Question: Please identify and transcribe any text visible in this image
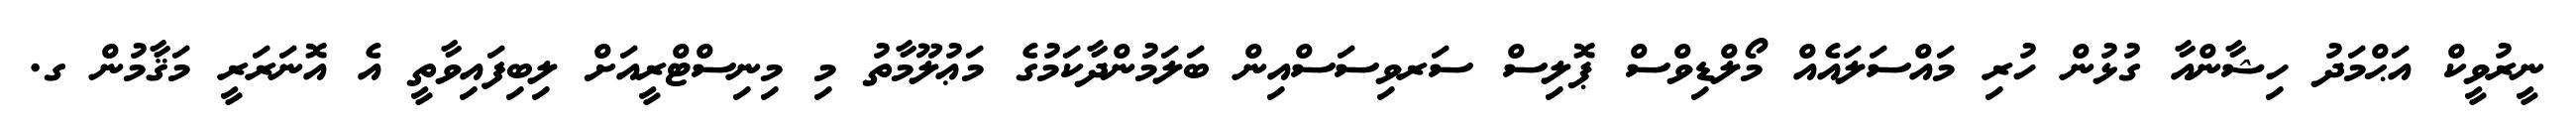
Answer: ނީރުވީކް އަޙްމަދު ހިޝާންއާ ގުޅުން ހުރި މައްސަލައެއް މޯލްޑިވްސް ޕޮލިސް ސަރވިސަސްއިން ބަލަމުންދާކަމުގެ މަޢުލޫމާތު މި މިނިސްޓްރީއަށް ލިބިފައިވާތީ އެ އޮނަރަރީ މަޤާމުން ގ.